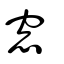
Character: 䆫